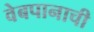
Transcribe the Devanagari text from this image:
वेबपानाची